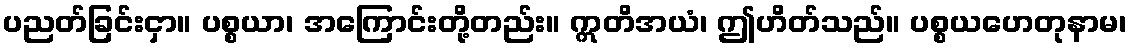
ပညတ်ခြင်းငှာ။ ပစ္စယာ၊ အကြောင်းတို့တည်း။ ဣတိအယံ၊ ဤဟိတ်သည်။ ပစ္စယဟေတုနာမ၊